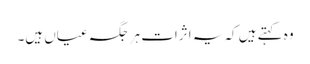
وہ کہتے ہیں کہ یہ اثرات ہر جگہ عیاں ہیں۔